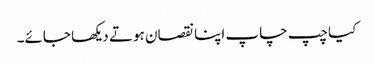
کیا چپ چاپ اپنا نقصان ہوتے دیکھا جائے۔